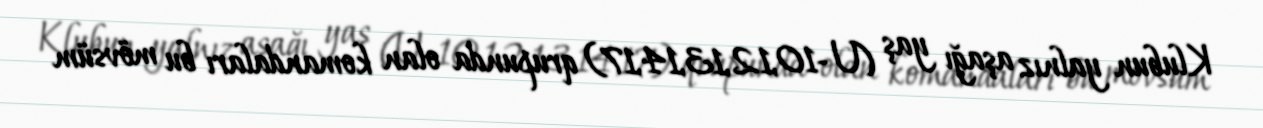
Klubun yalnız aşağı yaş (U-10,12,13,14,17) qrupunda olan komandaları bu mövsüm